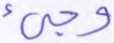
وجيء